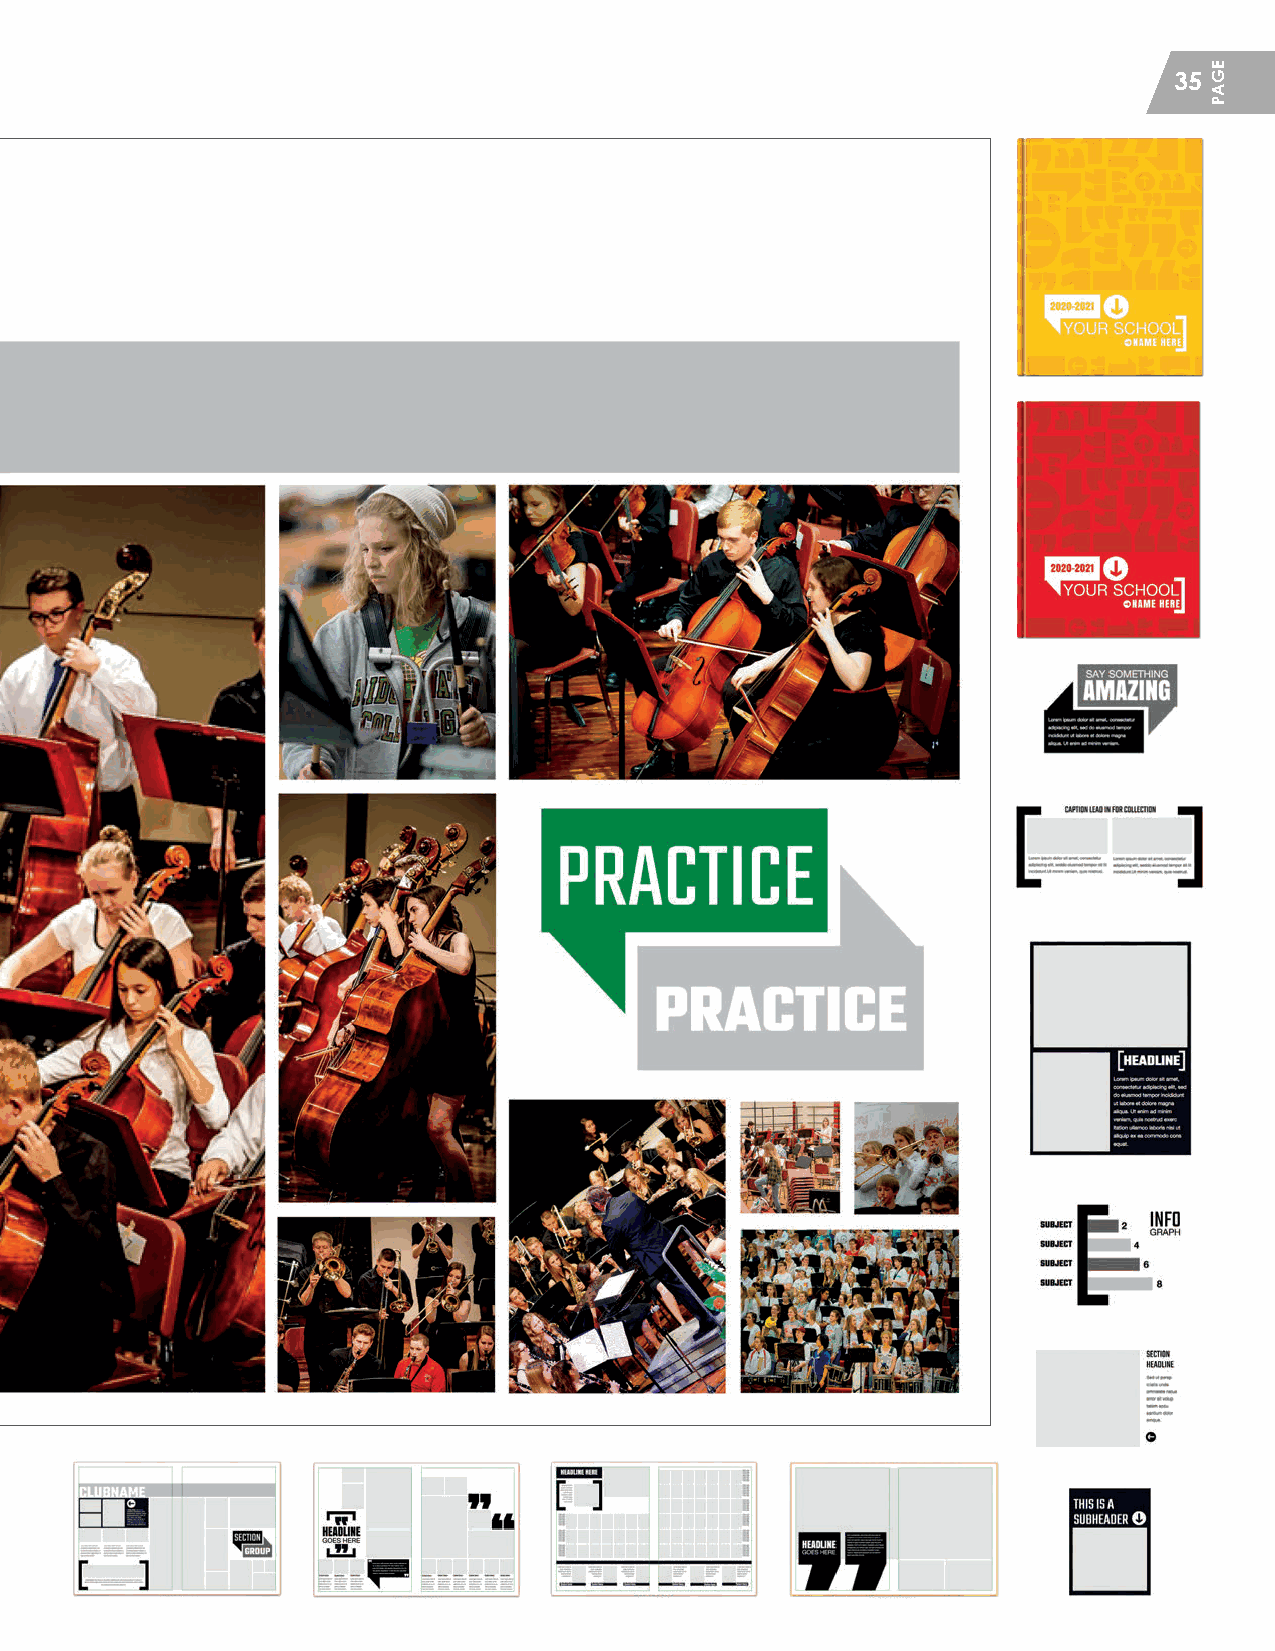
35
 HHSS__CCrreeaattiivvee__GGuuiiddeePPFF__MMSS..iinndddd 3355                 22//55//2200 1122::1144 PPMM
 EGAP